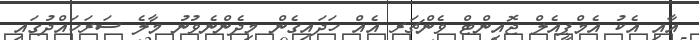
އާއި އެކު އެމްޕީއެލް ޖޮއިންޓް ވެންޗަރ އެއް ހަދައިގެން މިދެންނެވުނު މާލެ ސަރަހައްދުގައި